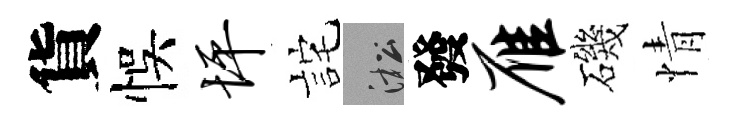
貨悞坪詫淞發雁磯情